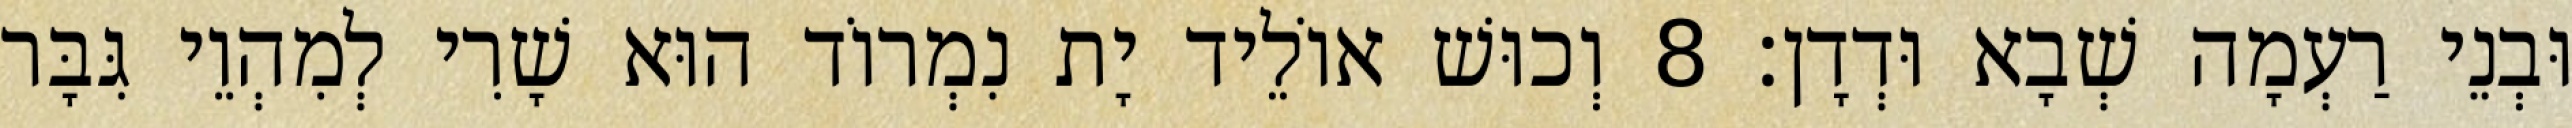
וּבְנֵי רַעְמָה שְׁבָא וּדְדָן׃ 8 וְכוּשׁ אוֹלֵיד יָת נִמְרוֹד הוּא שָׁרִי לְמִהְוֵי גִּבָּר